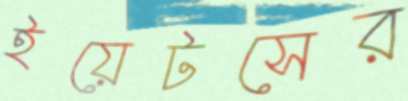
ইয়েটসের